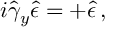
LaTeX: i \hat { \gamma } _ { y } \hat { \epsilon } = + \hat { \epsilon } \, ,